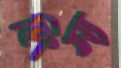
হিংস্য